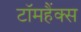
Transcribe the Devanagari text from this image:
टॉमहैंक्स